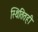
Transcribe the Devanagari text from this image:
स्थितितही